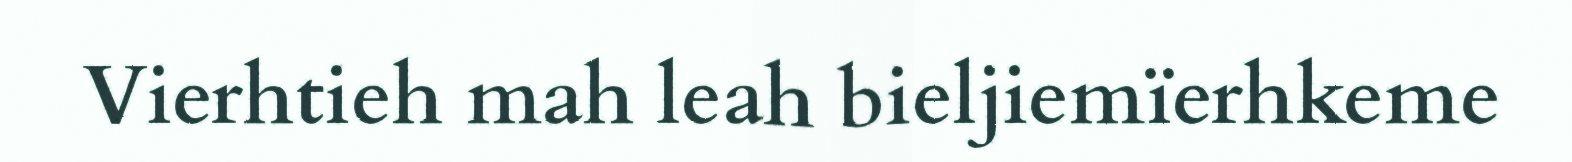
Vierhtieh mah leah bieljiemïerhkeme